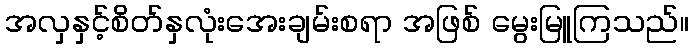
အလှနှင့်စိတ်နှလုံးအေးချမ်းစရာ အဖြစ် မွေးမြူကြသည်။